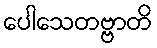
ပေါသေတဗ္ဗာတိ